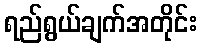
ရည်ရွယ်ချက်အတိုင်း